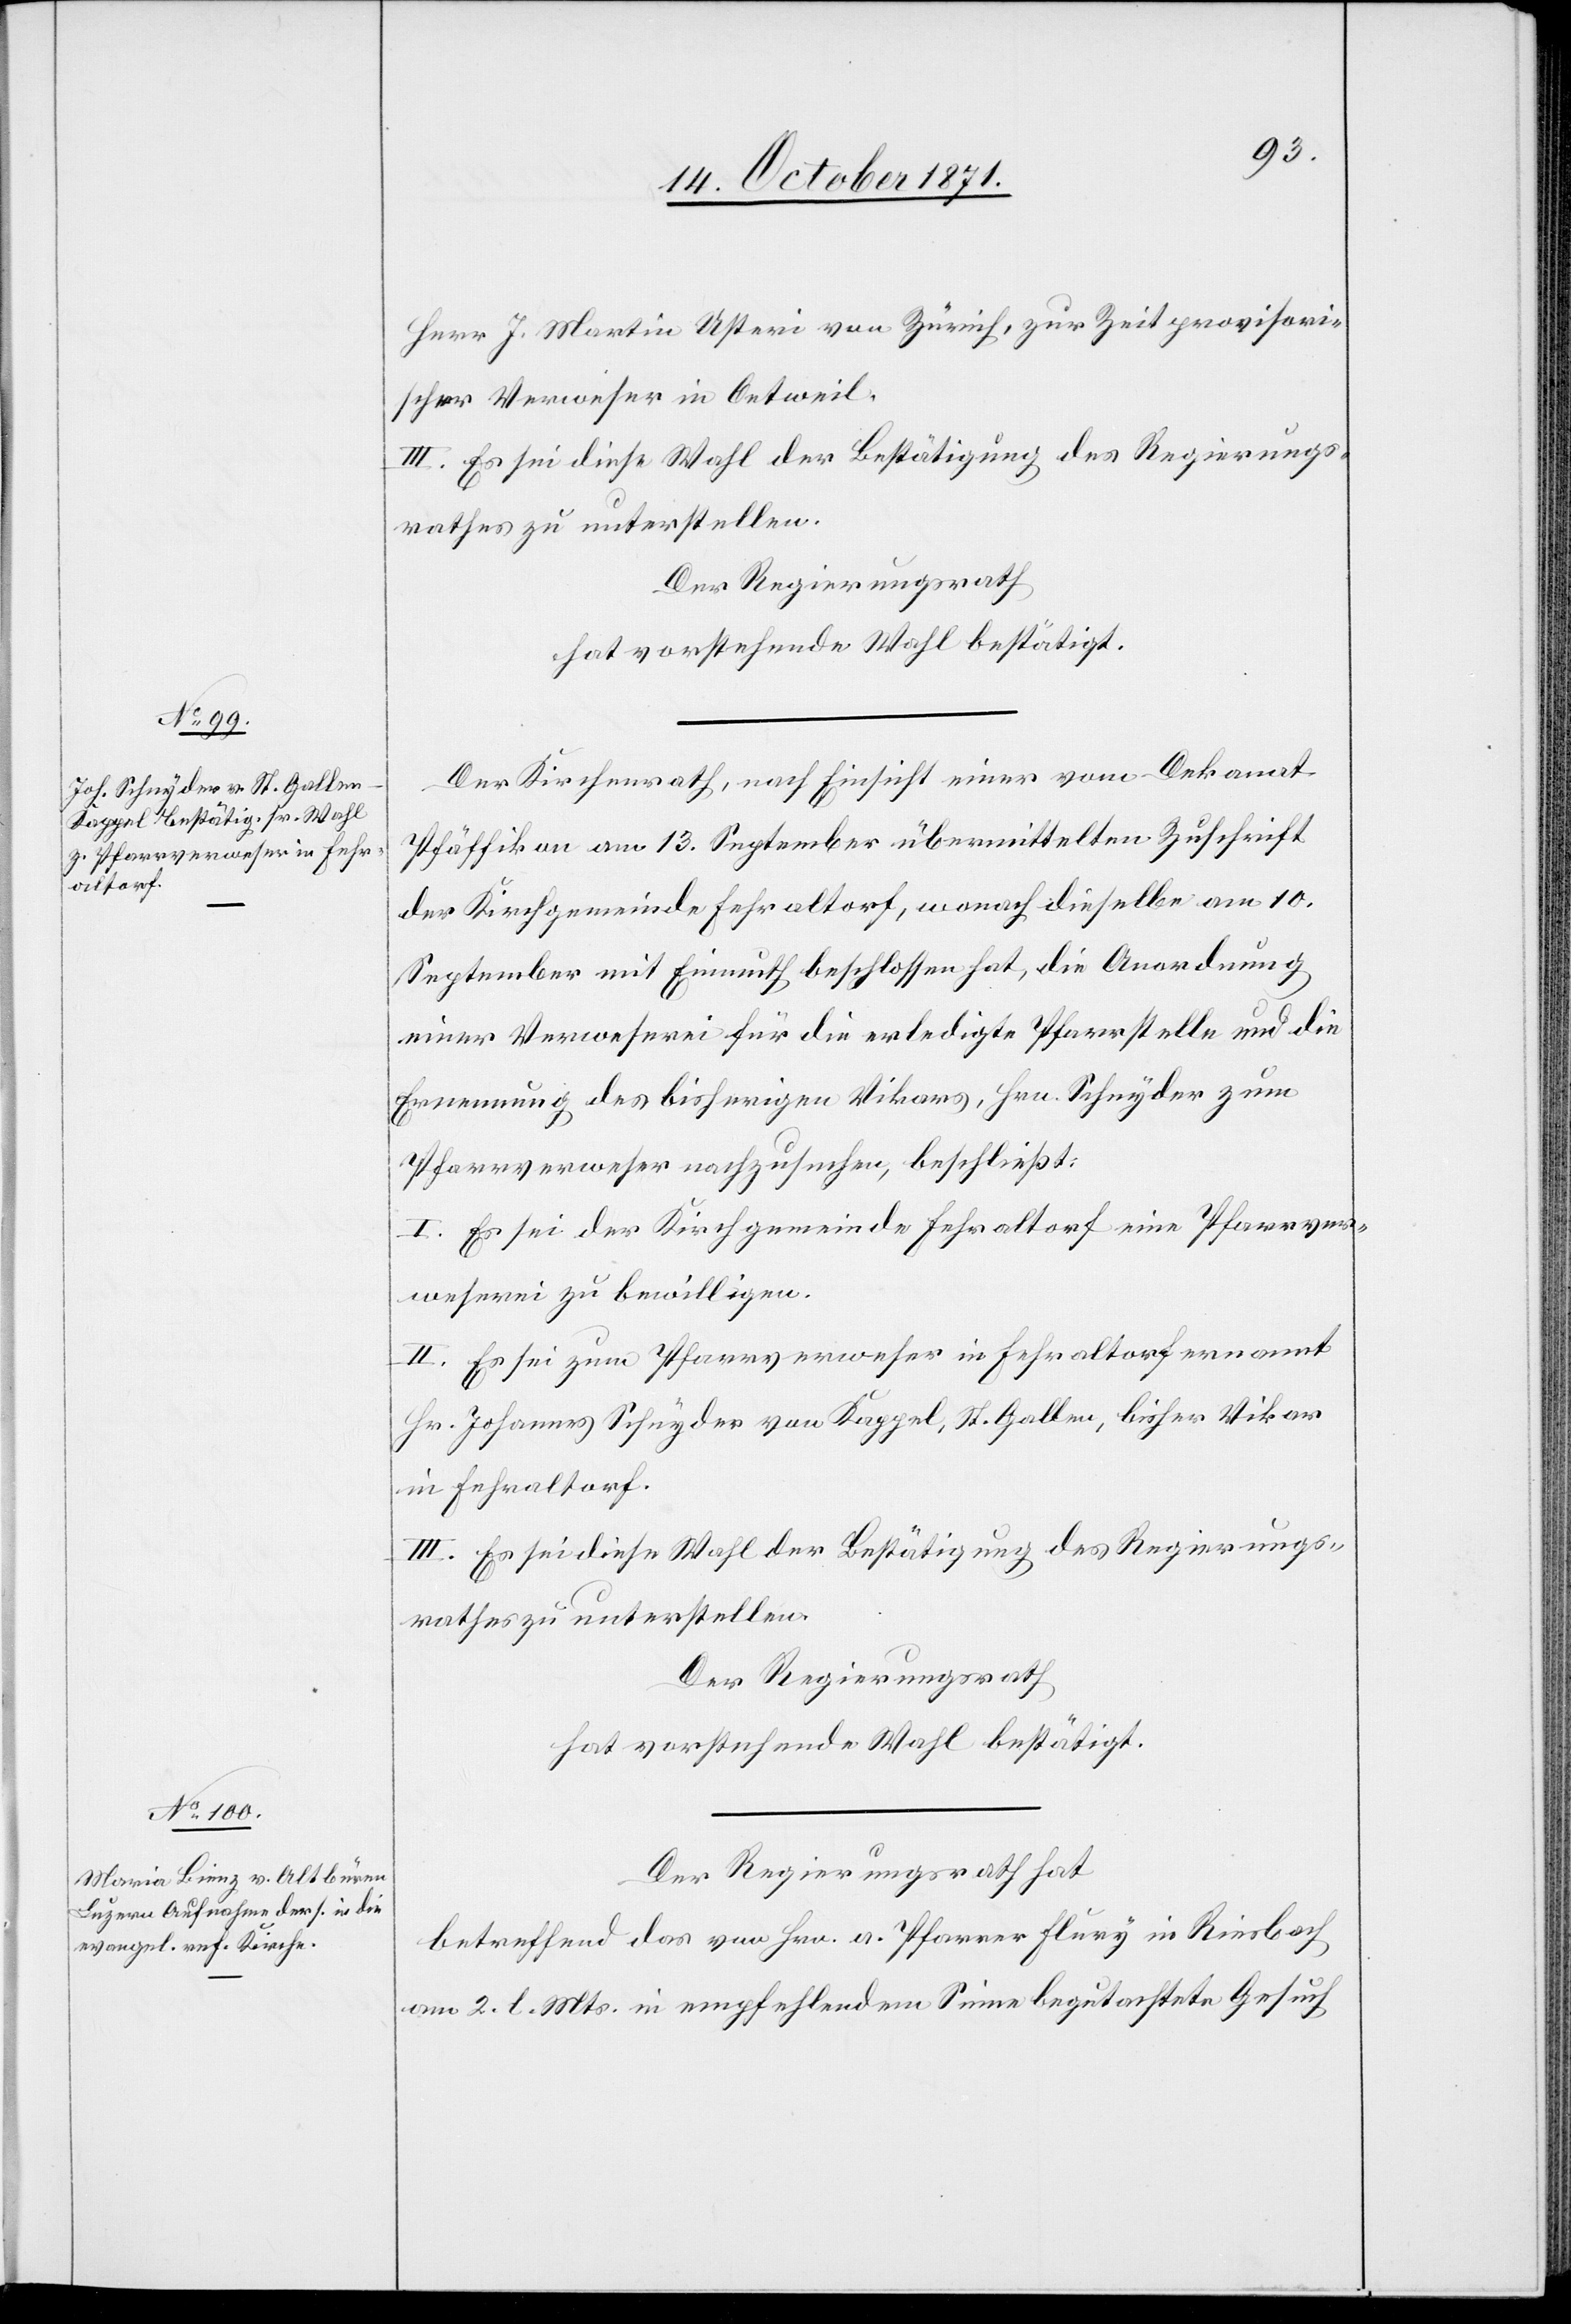
Herr J. Martin Usteri von Zürich, zur Zeit provisori¬
scher Verweser in Oetweil.
III. Es sei diese Wahl der Bestätigung des Regierungs¬
rathes zu unterstellen.
Der Regierungsrath
hat vorstehende Wahl bestätigt.
Der Kirchenrath, nach Einsicht einer vom Dekanat
Pfäffikon am 13. September übermittelten Zuschrift
der Kirchgemeinde Fehraltorf, wonach dieselbe am 10.
September mit Einmuth beschlossen hat, die Anordnung
einer Verweserei für die erledigte Pfarrstelle und die
Ernennung des bisherigen Vikars, Hrn. Schnyder zum
Pfarrverweser nachzusuchen, beschließt:
I. Es sei der Kirchgemeinde Fehraltorf eine Pfarrver¬
weserei zu bewilligen.
II. Es sei zum Pfarrverweser in Fehraltorf ernannt
Hr. Johannes Schnyder von Kappel, St. Gallen, bisher Vikar
in Fehraltorf.
III. Es sei diese Wahl der Bestätigung des Regierungs¬
rathes zu unterstellen.
Der Regierungsrath
hat vorstehende Wahl bestätigt.
Der Regierungsrath hat
betreffend das von Hrn. a. Pfarrer Flury in Riesbach
am 2. l. Mts. in empfehlendem Sinne begutachtete Gesuch